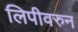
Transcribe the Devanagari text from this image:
लिपीवरुन